Leaving Certificate Examination (including Day School Certificate (Higher) General paper), 1931
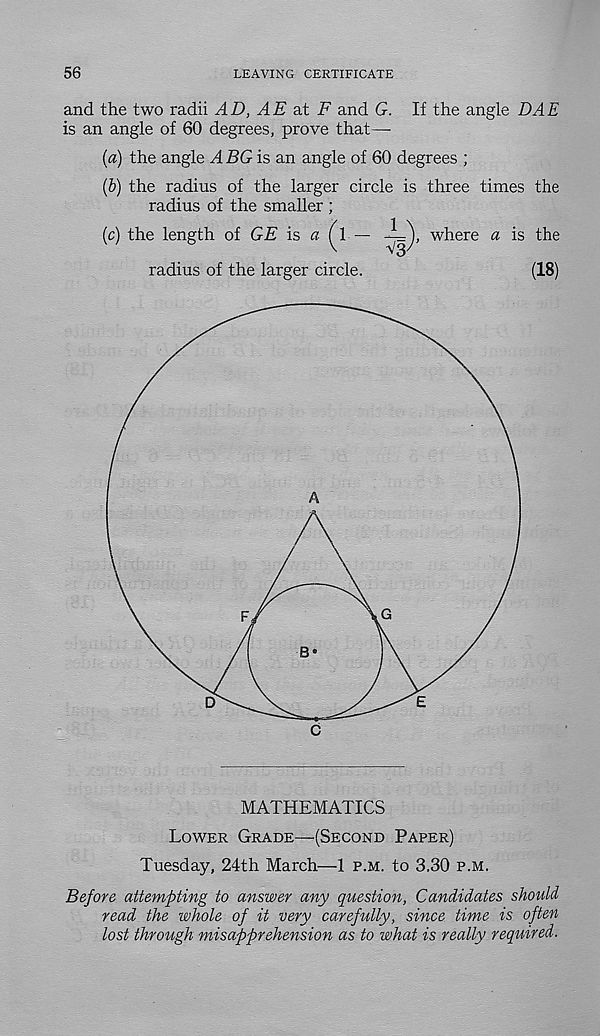
56
LEAVING CERTIFICATE
and the two radii AD, AE at F and G. If the angle DAE
is an angle of 60 degrees, prove that—
(а) the angle A BG is an angle of 60 degrees ;
(б) the radius of the larger circle is three times the
radius of the smaller ;
(c) the length of GE is a (\ — -^=\ where a is the
V
V3/
radius of the larger circle.
(18)
MATHEMATICS
Lower Grade—(Second Paper)
Tuesday, 24th March—1 p.m. to 3.30 p.m.
Before attempting to answer any question, Candidates should
read the whole of it very carefully, since time is often
lost through misapprehension as to what is really required.